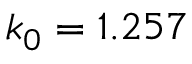
k _ { 0 } = 1 . 2 5 7